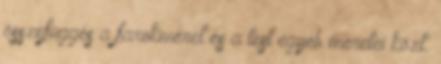
összefüggés a farokméret és a test egyéb méretei közt.